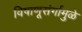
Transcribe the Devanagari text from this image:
विषाणूसंर्गामुळे